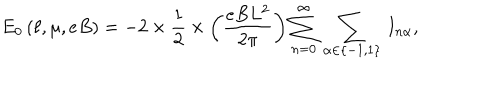
LaTeX: E _ { 0 } \left( \ell , \mu , e B \right) = - 2 \times \frac { 1 } { 2 } \times \left( \frac { e B L ^ { 2 } } { 2 \pi } \right) \sum _ { n = 0 } ^ { \infty } \, \sum _ { \alpha \in \left\{ - 1 , 1 \right\} } \, I _ { n \alpha } ,